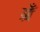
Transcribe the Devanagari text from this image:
ब्रँ